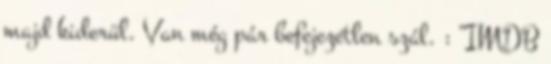
majd kiderül. Van még pár befejezetlen szál. : “IMDB